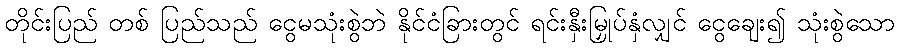
တိုင်းပြည် တစ် ပြည်သည် ငွေမသုံးစွဲဘဲ နိုင်ငံခြားတွင် ရင်းနှီးမြှုပ်နှံလျှင် ငွေချေး၍ သုံးစွဲသော